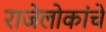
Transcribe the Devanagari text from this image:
राजेलोकांचे